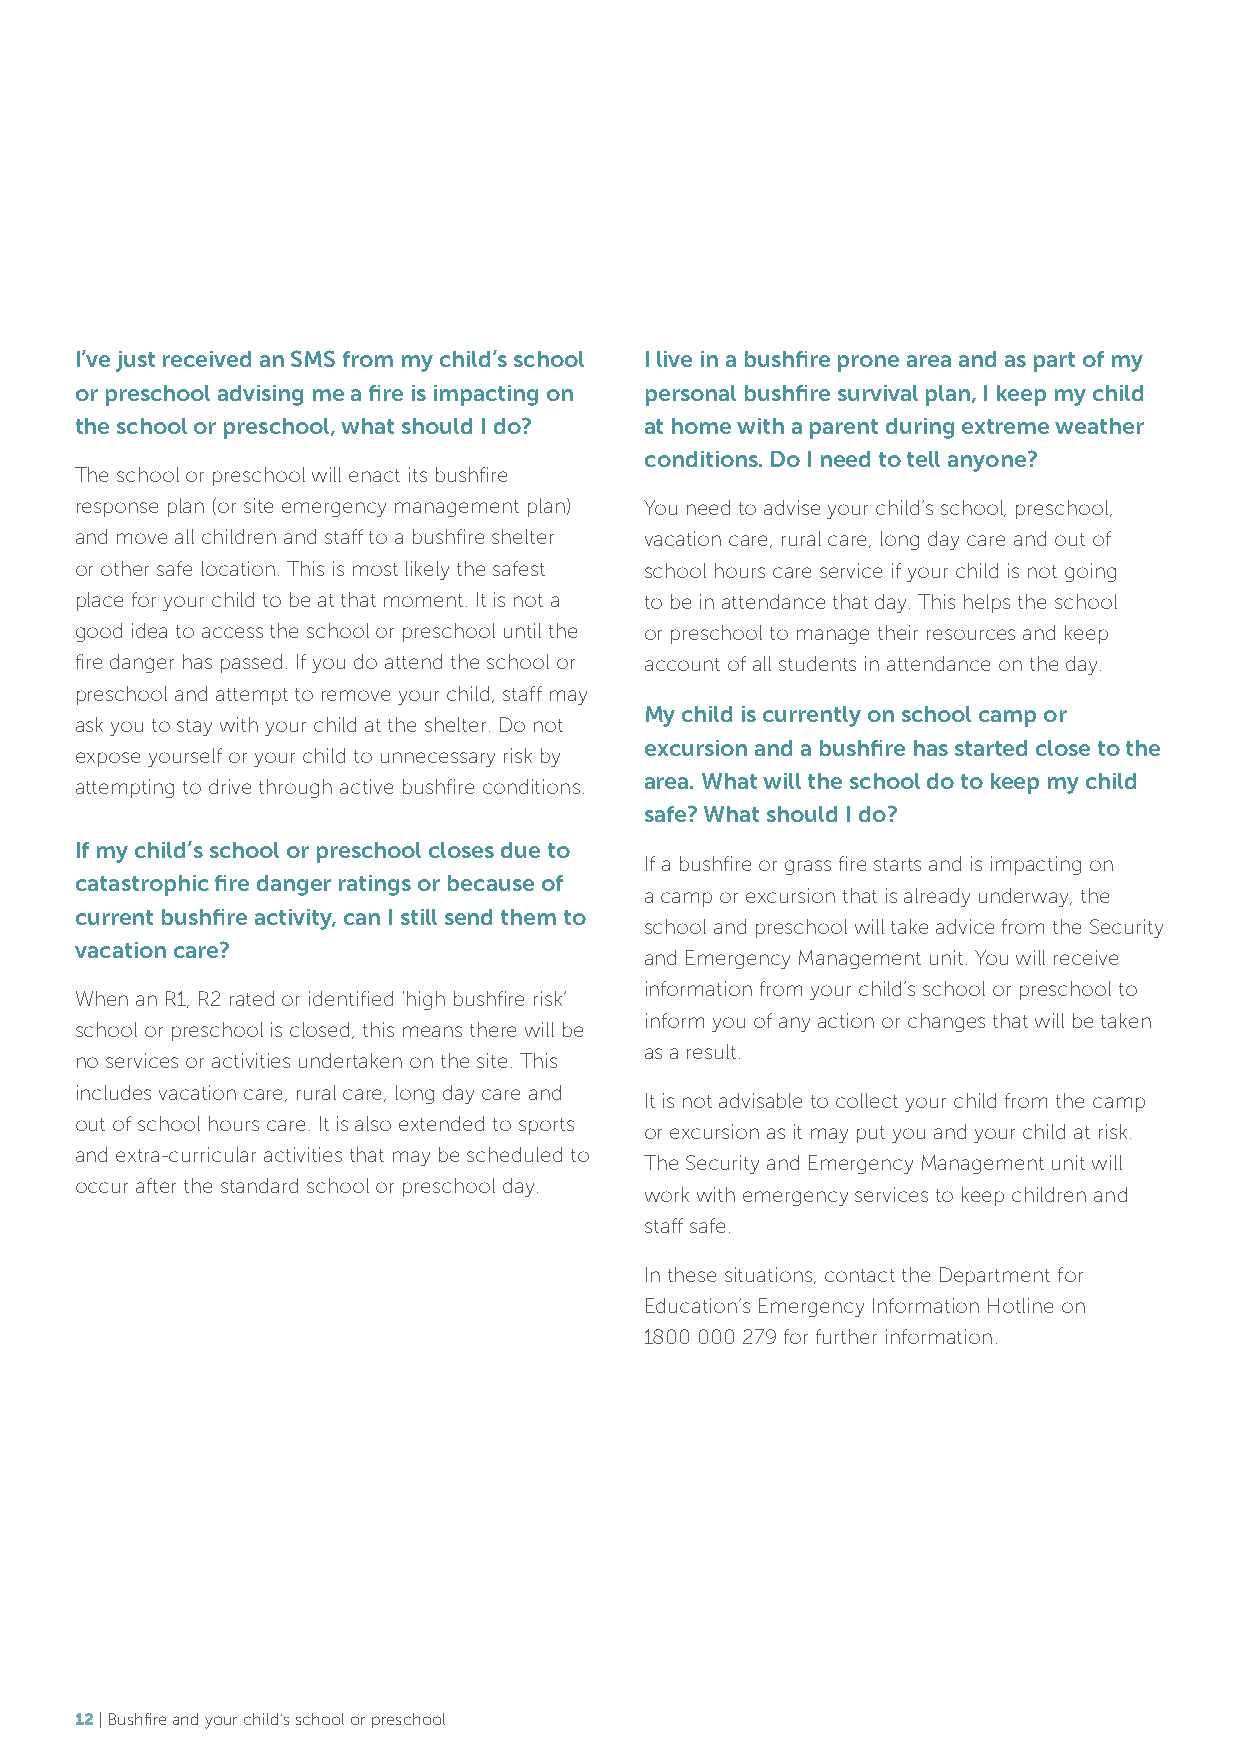
I’ve just received an SMS from my child’s school I live in a bushfire prone area and as part of my
 or preschool advising me a fire is impacting on personal bushfire survival plan, I keep my child
 the school or preschool, what should I do? at home with a parent during extreme weather
 conditions. Do I need to tell anyone?
 The school or preschool will enact its bushfire
 response plan (or site emergency management plan) You need to advise your child’s school, preschool,
 and move all children and staff to a bushfire shelter vacation care, rural care, long day care and out of
 or other safe location. This is most likely the safest school hours care service if your child is not going
 place for your child to be at that moment. It is not a to be in attendance that day. This helps the school
 good idea to access the school or preschool until the or preschool to manage their resources and keep
 fire danger has passed. If you do attend the school or account of all students in attendance on the day.
 preschool and attempt to remove your child, staff may
 My child is currently on school camp or
 ask you to stay with your child at the shelter. Do not
 excursion and a bushfire has started close to the
 expose yourself or your child to unnecessary risk by
 area. What will the school do to keep my child
 attempting to drive through active bushfire conditions.
 safe? What should I do?
 If my child’s school or preschool closes due to
 If a bushfire or grass fire starts and is impacting on
 catastrophic fire danger ratings or because of
 a camp or excursion that is already underway, the
 current bushfire activity, can I still send them to
 school and preschool will take advice from the Security
 vacation care?
 and Emergency Management unit. You will receive
 information from your child’s school or preschool to
 When an R1, R2 rated or identified ‘high bushfire risk’
 inform you of any action or changes that will be taken
 school or preschool is closed, this means there will be
 as a result.
 no services or activities undertaken on the site. This
 includes vacation care, rural care, long day care and
 It is not advisable to collect your child from the camp
 out of school hours care. It is also extended to sports
 or excursion as it may put you and your child at risk.
 and extra-curricular activities that may be scheduled to
 The Security and Emergency Management unit will
 occur after the standard school or preschool day.
 work with emergency services to keep children and
 staff safe.
 In these situations, contact the Department for
 Education’s Emergency Information Hotline on
 1800 000 279 for further information.
 12 | Bushfire and your child’s school or preschool